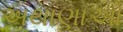
અથાણાઓ